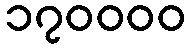
၁၇၀၀၀၀